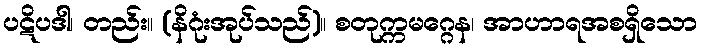
ပဋိပဒါ၊ တည်း။ (နိဂုံးအုပ်သည်)။ စတုက္ကမဂ္ဂေန၊ အာဟာရအစရှိသော